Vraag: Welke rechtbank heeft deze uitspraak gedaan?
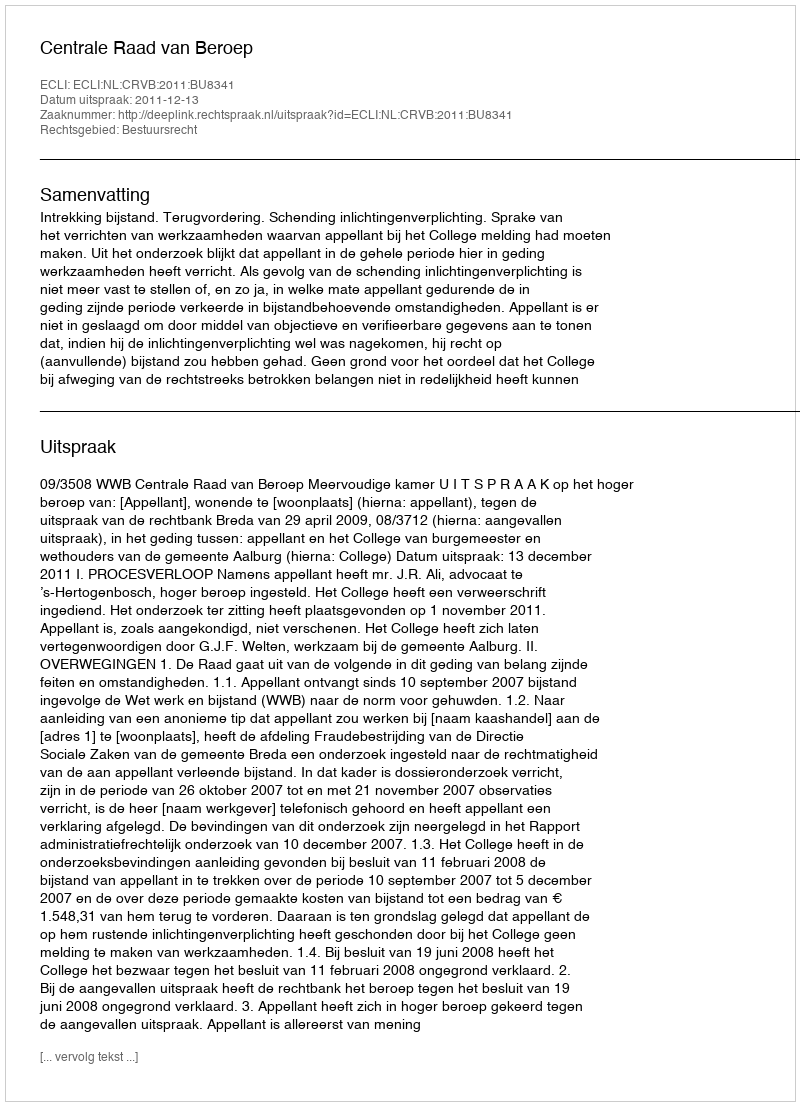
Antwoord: Centrale Raad van Beroep